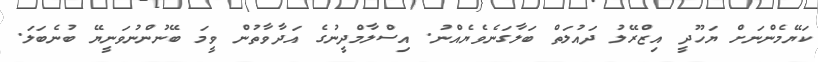
ކަޔޭމެންނަށް ޔަހޫދީ އިޒްރޭލު ދައުލަތް ބަލާގަނެވެޔެއްނު. އިސްލާމްދީނުގެ އަދާވާތުން ވީމަ ބޭނުންނުވަނީޔޭ ބުނެބަލަ.